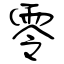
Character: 零